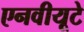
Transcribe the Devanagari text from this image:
एनवीयूटे